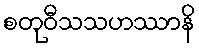
စတုဝီသသဟဿာနိ